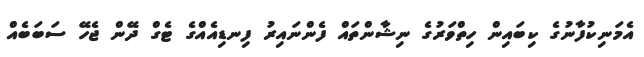
އެމަނިކުފާނުގެ ކިބައިން ހިތްވަރުގެ ނިޝާންތައް ފެންނައިރު ފިނޑިއެއްގެ ޓެގް ދޭން ޖެހޭ ސަބަބެއް